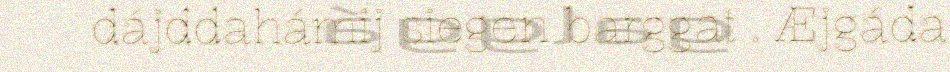
dájddahámij siegen barggat . Æjgáda